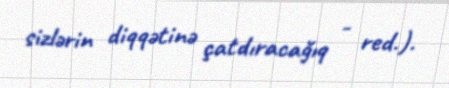
sizlərin diqqətinə çatdıracağıq - red.).